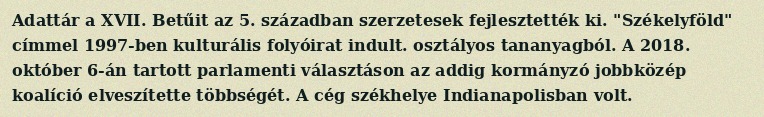
Adattár a XVII. Betűit az 5. században szerzetesek fejlesztették ki. "Székelyföld" címmel 1997-ben kulturális folyóirat indult. osztályos tananyagból. A 2018. október 6-án tartott parlamenti választáson az addig kormányzó jobbközép koalíció elveszítette többségét. A cég székhelye Indianapolisban volt.